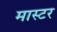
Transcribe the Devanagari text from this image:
मास्टर